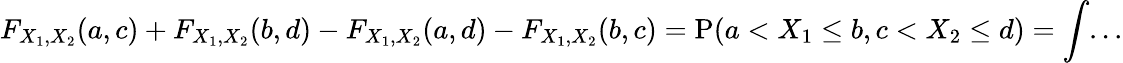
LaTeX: F_{X_{1},X_{2}}(a,c)+F_{X_{1},X_{2}}(b,d)-F_{X_{1},X_{2}}(a,d)-F_{X_{1},X_{2}}(b,c)=\operatorname{P}(a<X_{1}\leq b,c<X_{2}\leq d)=\int...